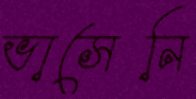
ভাসেনি